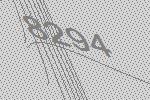
8294